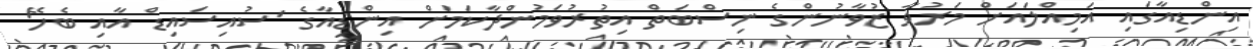
އިންޑިއާގައި އަމިއްލައަށް މަރުވާ ޒުވާނުންގެ ނިސްބަތް އިތުރުވަމުންދާކަމަށް އިންޑިއާގެ 'ސުއިސައިޑް އާއި ބެހޭ'